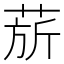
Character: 𬝅